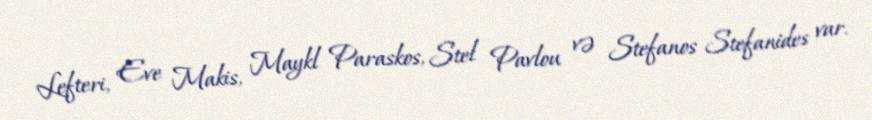
Lefteri, Eve Makis, Maykl Paraskos, Stel Pavlou və Stefanos Stefanides var.